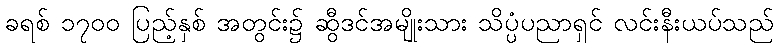
ခရစ် ၁၇၀၀ ပြည့်နှစ် အတွင်း၌ ဆွီဒင်အမျိုးသား သိပ္ပံပညာရှင် လင်းနီးယပ်သည်